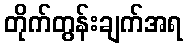
တိုက်တွန်းချက်အရ